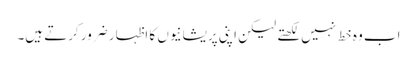
اب وہ خط نہیں لکھتے لیکن اپنی پریشانیوں کا اظہار ضرور کرتے ہیں۔